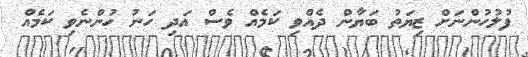
ފުލުހުންނަށް ޒިޔަތު ބަޔާން ދެއްވި ކަމެއް ވެސް އަދި ހަނު ހުންނެވި ކަމެއް